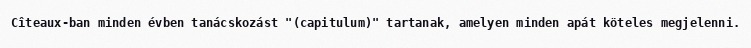
Cîteaux-ban minden évben tanácskozást "(capitulum)" tartanak, amelyen minden apát köteles megjelenni.